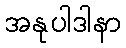
အနုပါဒါနာ